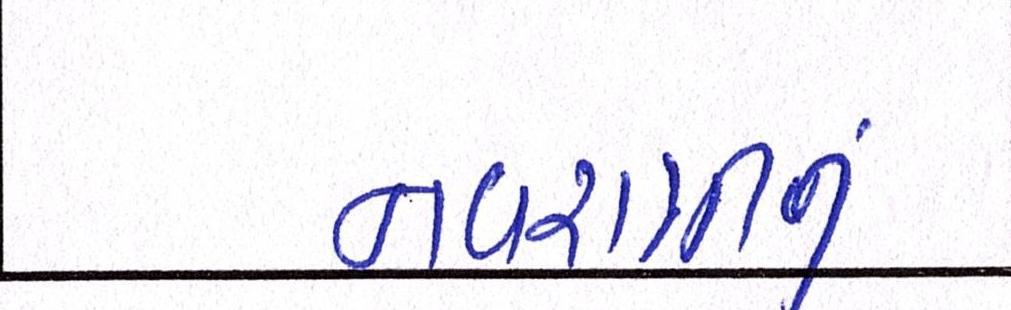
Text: નવરાત્રીનું